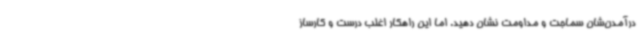
درآمدن‌شان سماجت و مداومت نشان دهید. اما این راهکار اغلب درست و کارساز